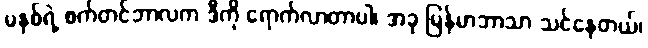
မနှစ်ရဲ့ စက်တင်ဘာလက ဒီကို ရောက်လာတာပါ၊ အခု မြန်မာဘာသာ သင်နေတယ်၊